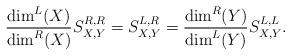
LaTeX: \begin{align*} \frac{\dim^L(X)}{\dim^R(X)}S^{R,R}_{X,Y}=S^{L,R}_{X,Y}=\frac{\dim^R(Y)}{\dim^L(Y)}S^{L,L}_{X,Y}.\end{align*}